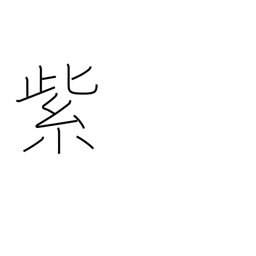
Meaning: purple